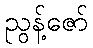
ညွန့်ဇော်